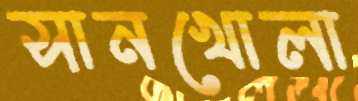
সানখোলা